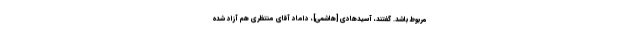
مربوط باشد. گفتند، آسیدهادى [هاشمی]، داماد آقاى منتظرى هم آزاد شده